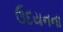
ઉદયનના